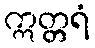
ဣတ္တရံ